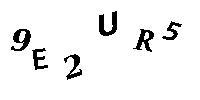
9E2UR5